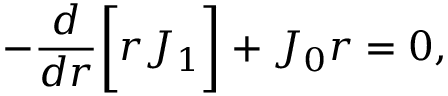
- \frac { d } { d r } \bigg [ r J _ { 1 } \bigg ] + J _ { 0 } r = 0 ,